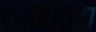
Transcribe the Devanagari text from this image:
हंसाएवढा